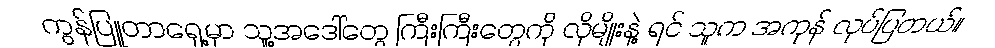
ကွန်ပြူတာရှေ့မှာ သူ့အဒေါ်တွေ ကြီးကြီးတွေကို လိုမျိုးနဲ့ ရင် သူက အကုန် လုပ်ပြတယ်။